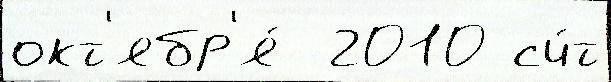
окт'ябр'я́  2010 сч́т